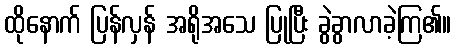
ထိုနောက် ပြန်လှန် အရိုအသေ ပြုပြီး ခွဲခွာလာခဲ့ကြ၏။